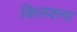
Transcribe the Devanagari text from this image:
किलकना